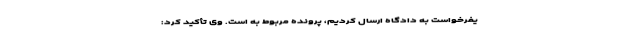
یفرخواست به دادگاه ارسال کردیم، پرونده مربوط به است. وی تأکید کرد: